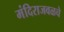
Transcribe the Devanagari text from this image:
मंदिराजवळचे